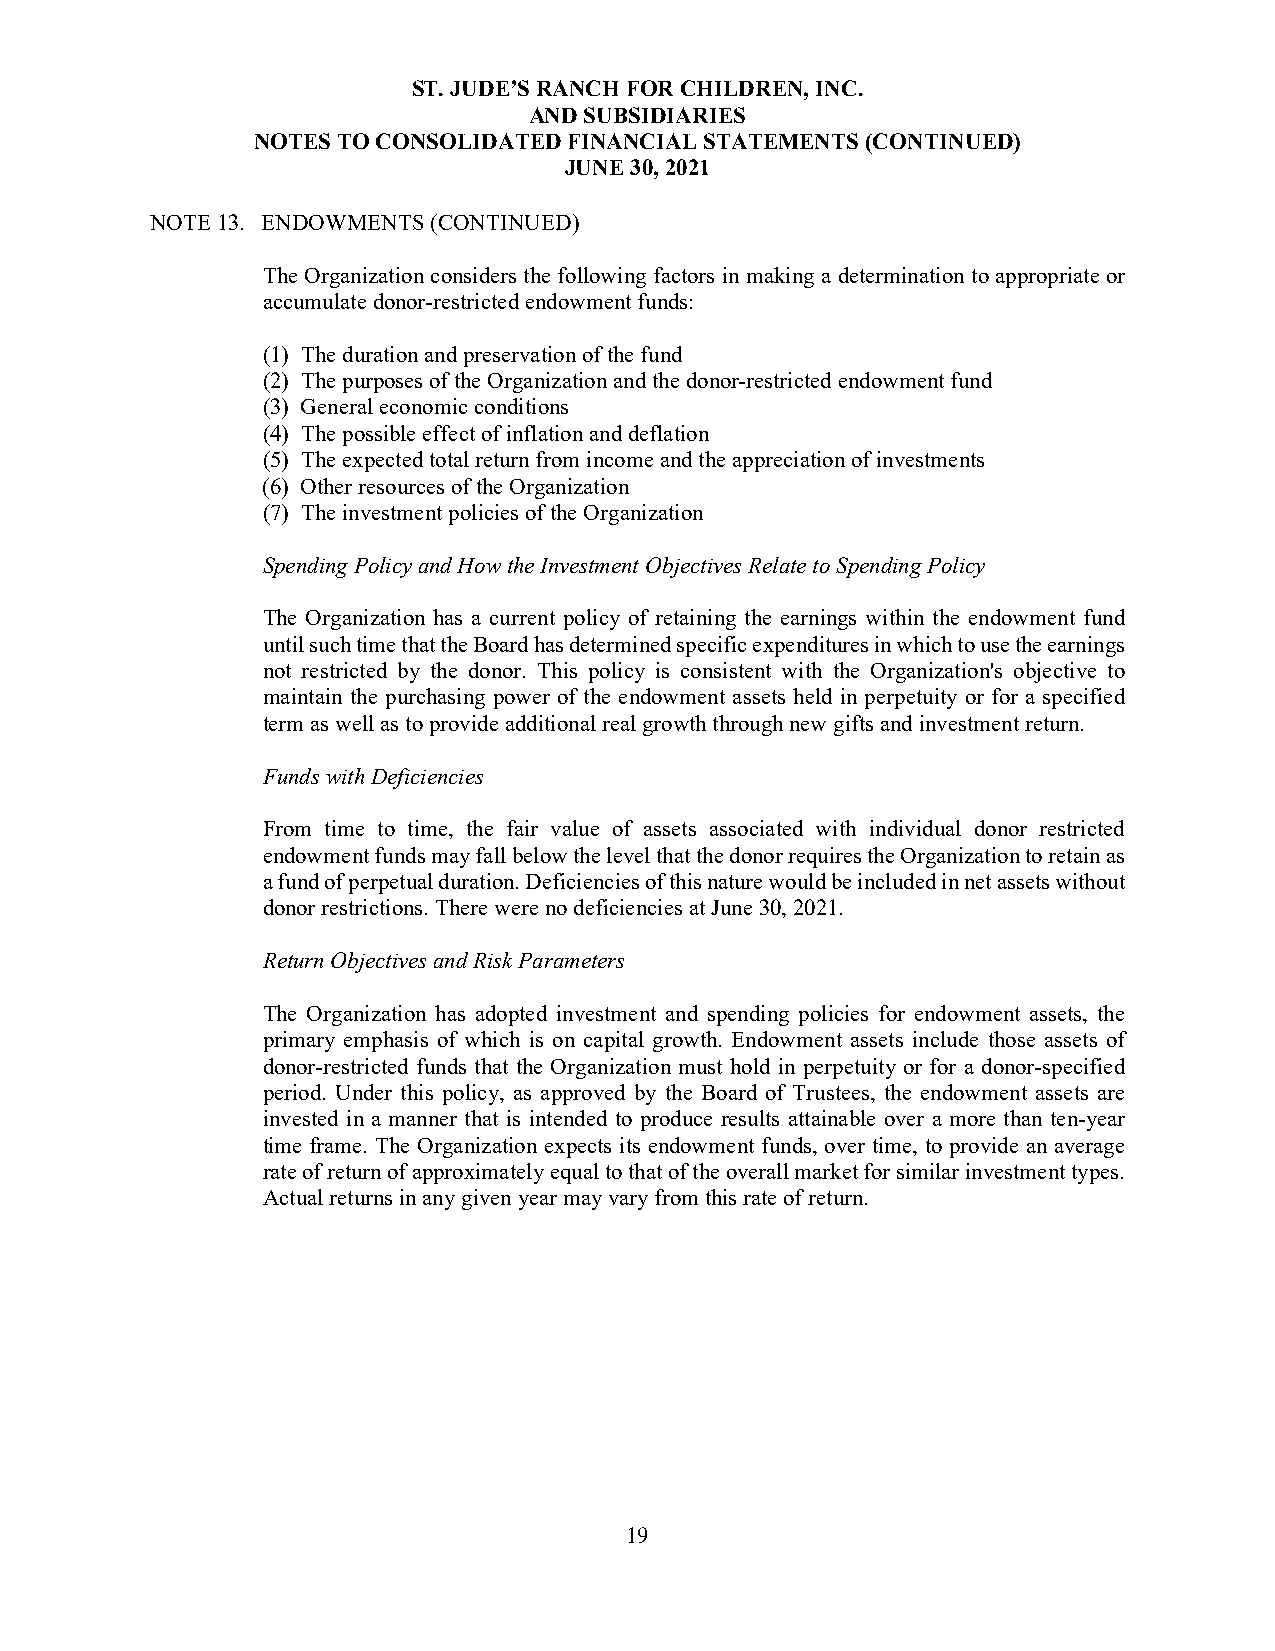
ST. JUDE’S RANCH FOR CHILDREN, INC.
 AND SUBSIDIARIES
 NOTES TO CONSOLIDATED FINANCIAL STATEMENTS (CONTINUED)
 JUNE 30, 2021
 NOTE 13. ENDOWMENTS (CONTINUED)
 The Organization considers the following factors in making a determination to appropriate or
 accumulate donor-restricted endowment funds:
 (1) The duration and preservation of the fund
 (2) The purposes of the Organization and the donor-restricted endowment fund
 (3) General economic conditions
 (4) The possible effect of inflation and deflation
 (5) The expected total return from income and the appreciation of investments
 (6) Other resources of the Organization
 (7) The investment policies of the Organization
 Spending Policy and How the Investment Objectives Relate to Spending Policy
 The Organization has a current policy of retaining the earnings within the endowment fund
 until such time that the Board has determined specific expenditures in which to use the earnings
 not restricted by the donor. This policy is consistent with the Organization's objective to
 maintain the purchasing power of the endowment assets held in perpetuity or for a specified
 term as well as to provide additional real growth through new gifts and investment return.
 Funds with Deficiencies
 From time to time, the fair value of assets associated with individual donor restricted
 endowment funds may fall below the level that the donor requires the Organization to retain as
 a fund of perpetual duration. Deficiencies of this nature would be included in net assets without
 donor restrictions. There were no deficiencies at June 30, 2021.
 Return Objectives and Risk Parameters
 The Organization has adopted investment and spending policies for endowment assets, the
 primary emphasis of which is on capital growth. Endowment assets include those assets of
 donor-restricted funds that the Organization must hold in perpetuity or for a donor-specified
 period. Under this policy, as approved by the Board of Trustees, the endowment assets are
 invested in a manner that is intended to produce results attainable over a more than ten-year
 time frame. The Organization expects its endowment funds, over time, to provide an average
 rate of return of approximately equal to that of the overall market for similar investment types.
 Actual returns in any given year may vary from this rate of return.
 19